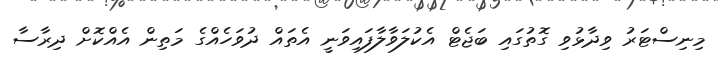
މިނިސްޓަރު ވިދާޅުވި ގޮތުގައި ބަޖެޓް އެކުލަވާލާފައިވަނީ އެތައް ދުވަހެއްގެ މަތިން އެއްކޮށް ދިރާސާ